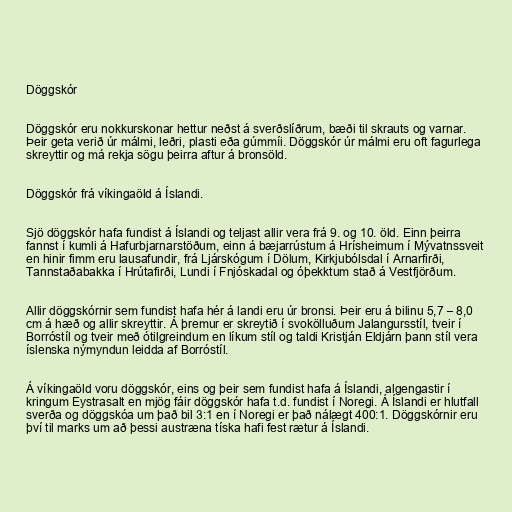
Döggskór

Döggskór eru nokkurskonar hettur neðst á sverðslíðrum, bæði til skrauts og varnar.
Þeir geta verið úr málmi, leðri, plasti eða gúmmíi. Döggskór úr málmi eru oft fagurlega
skreyttir og má rekja sögu þeirra aftur á bronsöld.

Döggskór frá víkingaöld á Íslandi.

Sjö döggskór hafa fundist á Íslandi og teljast allir vera frá 9. og 10. öld. Einn þeirra
fannst í kumli á Hafurbjarnarstöðum, einn á bæjarrústum á Hrísheimum í Mývatnssveit
en hinir fimm eru lausafundir, frá Ljárskógum í Dölum, Kirkjubólsdal í Arnarfirði,
Tannstaðabakka í Hrútafirði, Lundi í Fnjóskadal og óþekktum stað á Vestfjörðum.

Allir döggskórnir sem fundist hafa hér á landi eru úr bronsi. Þeir eru á bilinu 5,7 – 8,0
cm á hæð og allir skreyttir. Á þremur er skreytið í svokölluðum Jalangursstíl, tveir í
Borróstíl og tveir með ótilgreindum en líkum stíl og taldi Kristján Eldjárn þann stíl vera
íslenska nýmyndun leidda af Borróstíl.

Á víkingaöld voru döggskór, eins og þeir sem fundist hafa á Íslandi, algengastir í
kringum Eystrasalt en mjög fáir döggskór hafa t.d. fundist í Noregi. Á Íslandi er hlutfall
sverða og döggskóa um það bil 3:1 en í Noregi er það nálægt 400:1. Döggskórnir eru
því til marks um að þessi austræna tíska hafi fest rætur á Íslandi.